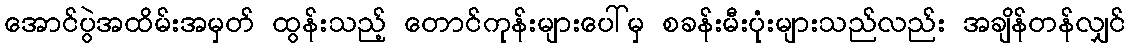
အောင်ပွဲအထိမ်းအမှတ် ထွန်းသည့် တောင်ကုန်းများပေါ်မှ စခန်းမီးပုံးများသည်လည်း အချိန်တန်လျှင်